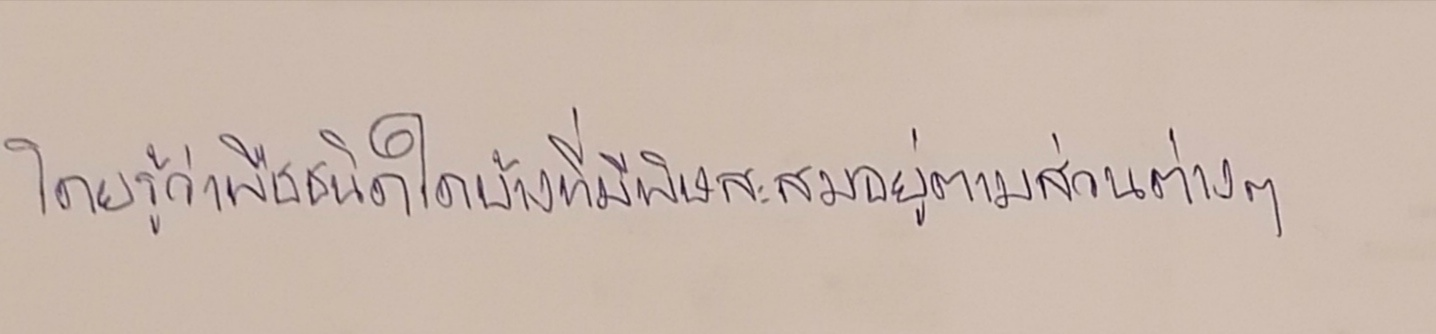
โดยรู้ว่าพืชชนิดใดบ้างที่มีพิษสะสมอยู่ตามส่วนต่างๆ